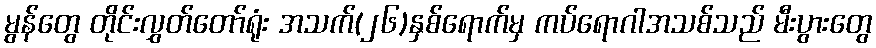
မွန်တွေ တိုင်းလွှတ်တော်ရုံး အသက်(၂၆)နှစ်ရောက်မှ ကပ်ရောဂါအသစ်သည် မီးပွားတွေ